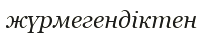
жүрмегендіктен